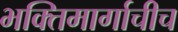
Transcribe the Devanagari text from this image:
भक्तिमार्गाचीच